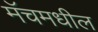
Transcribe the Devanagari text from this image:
मॅचमधील